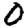
Digit: 0